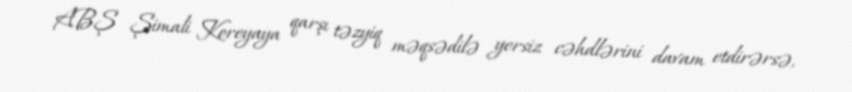
ABŞ Şimali Koreyaya qarşı təzyiq məqsədilə yersiz cəhdlərini davam etdirərsə,